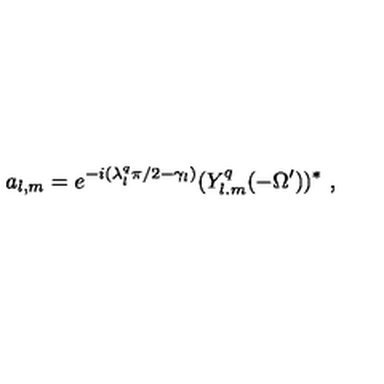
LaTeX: a _ { l , m } = e ^ { - i ( \lambda _ { l } ^ { q } \pi / 2 - \gamma _ { l } ) } ( Y _ { l . m } ^ { q } ( - \Omega ^ { \prime } ) ) ^ { * } \ ,